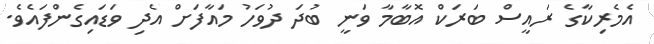
އެމެރިކާގެ ރައީސް ބަރަކް އޮބާމާ ވަނީ ބުދަ ދުވަހު މައާފަށް އެދި ވަޑައިގެންފައެވެ.